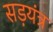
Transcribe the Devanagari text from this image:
सड़यंत्र